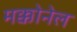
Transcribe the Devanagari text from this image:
मक्कोनेल